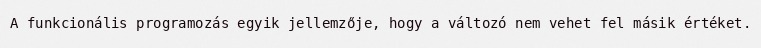
A funkcionális programozás egyik jellemzője, hogy a változó nem vehet fel másik értéket.